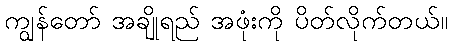
ကျွန်တော် အချိုရည် အဖုံးကို ပိတ်လိုက်တယ်။